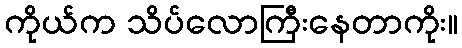
ကိုယ်က သိပ်လောကြီးနေတာကိုး။